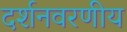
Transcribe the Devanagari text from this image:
दर्शनवरणीय